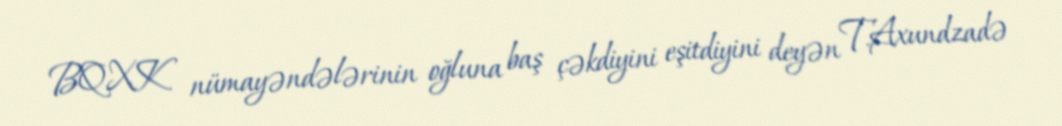
BQXK nümayəndələrinin oğluna baş çəkdiyini eşitdiyini deyən T.Axundzadə